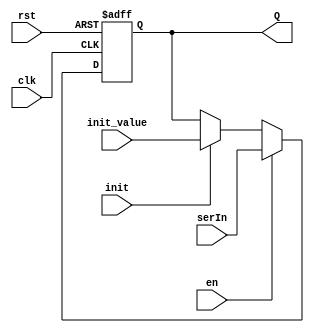
`timescale 1ns/1ns
module Register_init(input signed [16:0] serIn , input [16:0] init_value , input en, input clk, input rst , input init , output reg signed [16:0] Q);
  always @ (posedge clk, posedge rst) begin
    //#145;
    if(rst) Q <= 17'b0;
    else if(en) Q <= serIn;
    else if(init) Q <= init_value;
  end
endmodule